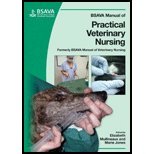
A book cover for Bsava Manual of Prac Veterinary Nursing (07) by Mullineaux, Elizabeth [Paperback (2007)]; Mulineaux; Medical Books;